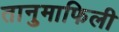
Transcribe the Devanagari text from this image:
तानुमाफिली